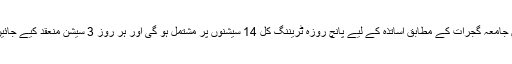
ترجمان جامعہ گجرات کے مطابق اساتذہ کے لیے پانچ روزہ ٹریننگ کل 14 سیشنوں پر مشتمل ہو گی اور ہر روز 3 سیشن منعقد کیے جائیں گے ۔